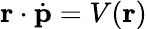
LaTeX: \mathbf{r}\cdot\dot{\mathbf{p}}=V(\mathbf{r})